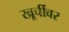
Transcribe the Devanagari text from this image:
खूर्चीवर